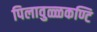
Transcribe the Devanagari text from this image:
पिलावुळ्ळकण्टि